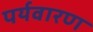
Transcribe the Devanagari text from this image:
पर्यवारण